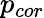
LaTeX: p_{cor}